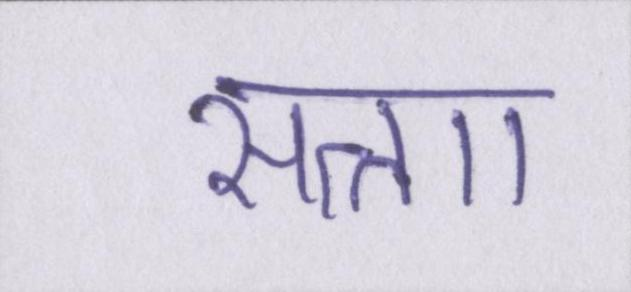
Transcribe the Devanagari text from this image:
सत्ताा